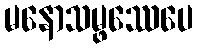
မနောသမ္ဖဿေပေ